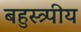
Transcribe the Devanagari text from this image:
बहुस्त्र्पीय